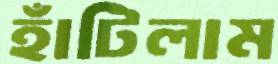
হাঁটিলাম